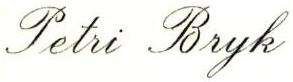
Petri Bryk